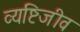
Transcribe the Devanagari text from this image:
व्यष्टिजीव